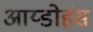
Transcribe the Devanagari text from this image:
आय्डोहंस